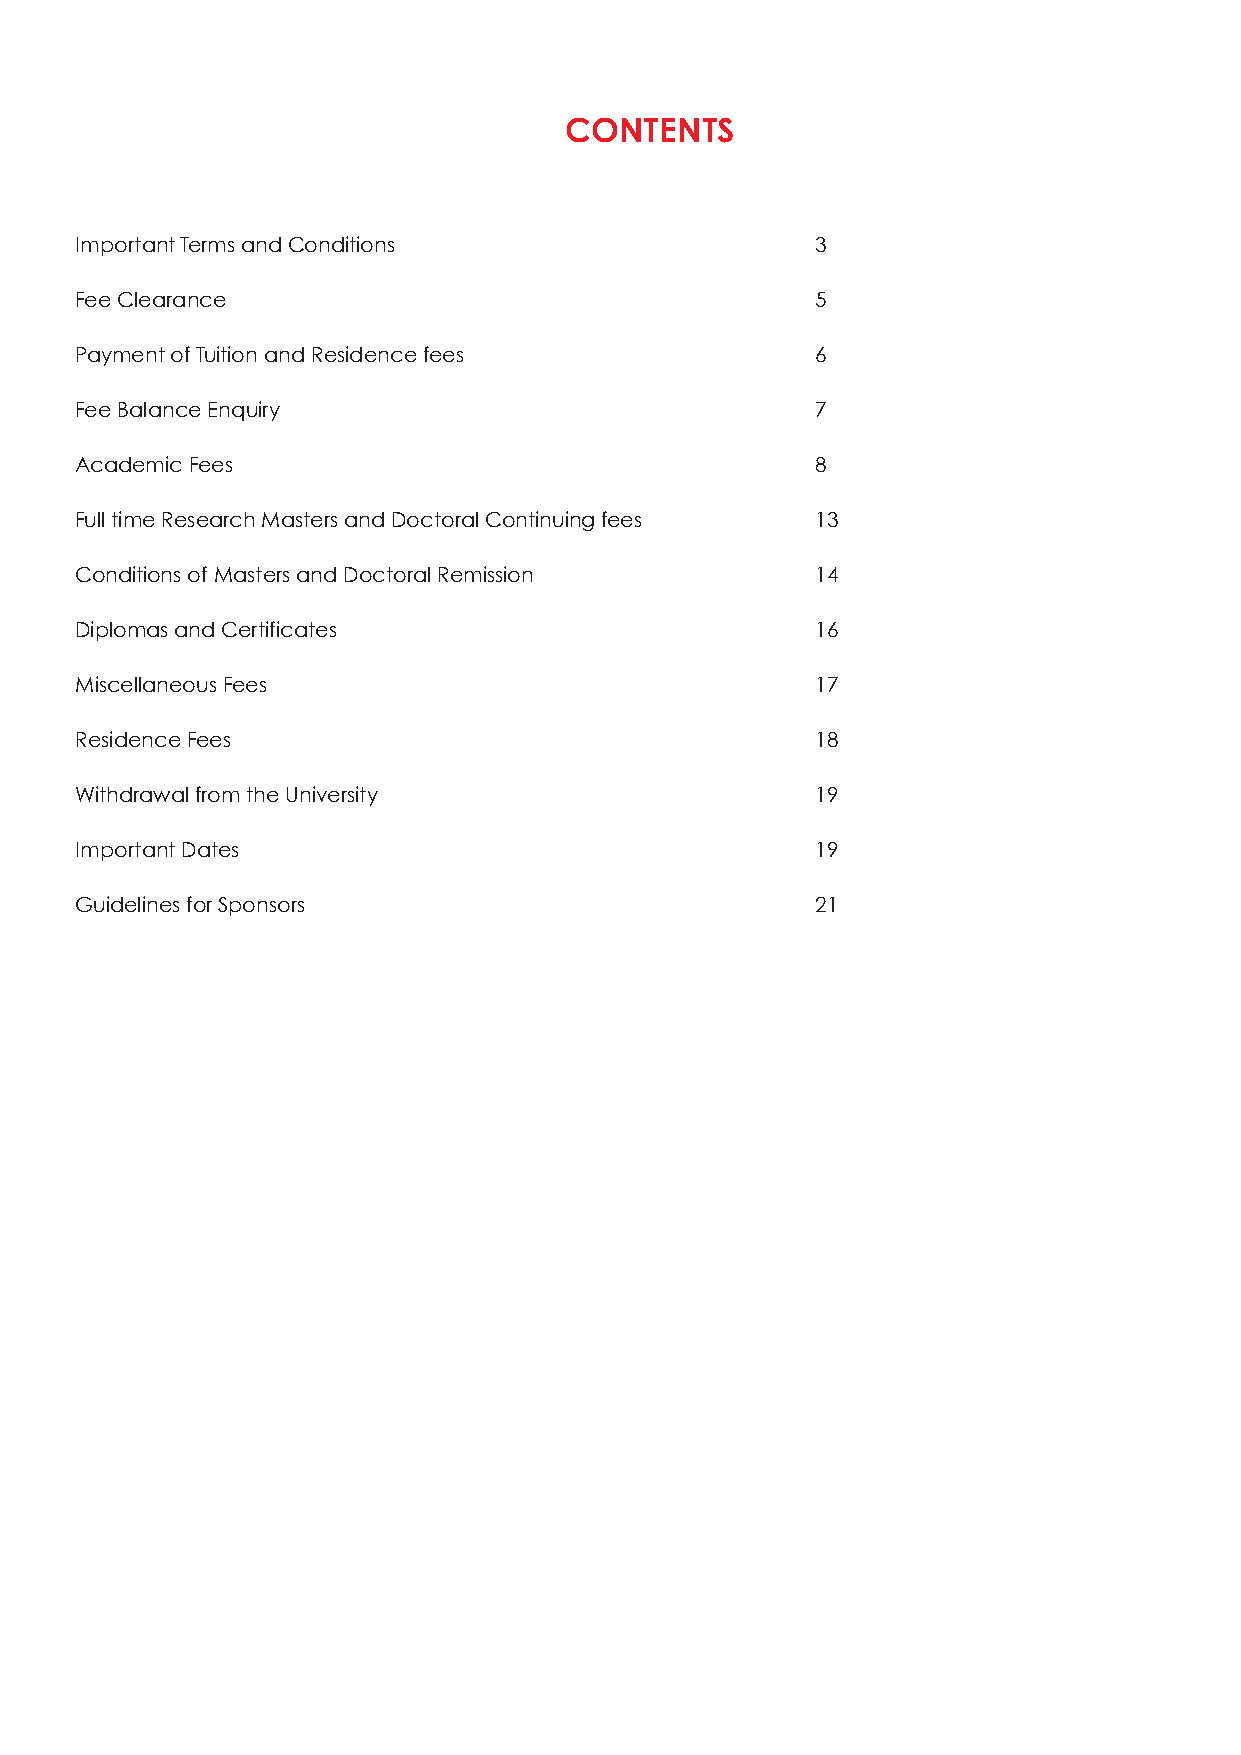
CONTENTS
 Important Terms and Conditions                   3
 Fee Clearance                                    5
 Payment of Tuition and Residence fees            6
 Fee Balance Enquiry                              7
 Academic Fees                                    8
 Full time Research Masters and Doctoral Continuing fees 13
 Conditions of Masters and Doctoral Remission     14
 Diplomas and Certificates                        16
 Miscellaneous Fees                               17
 Residence Fees                                   18
 Withdrawal from the University                   19
 Important Dates                                  19
 Guidelines for Sponsors                          21
 2